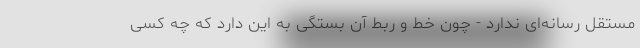
مستقل رسانه‌ای ندارد - چون خط و ربط آن بستگی به این دارد که چه کسی